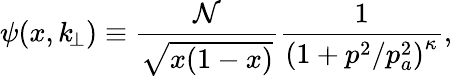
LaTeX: \psi(x,k_{\! \perp})\equiv\frac{\mathcal{N}}{\sqrt{x(1-x)}}\frac{1}{\left(1+p^{2}/p_{a}^{2}\right)^{\kappa}},